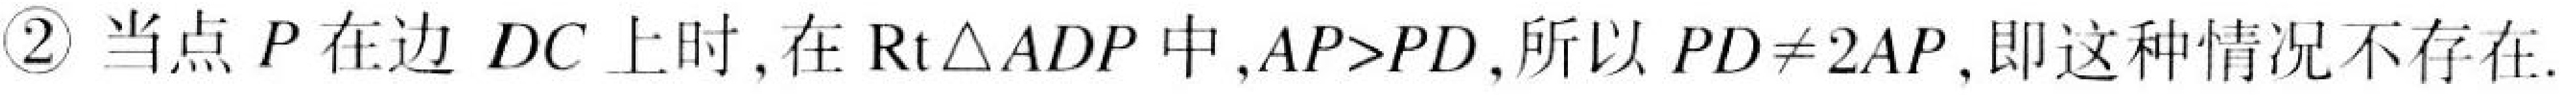
\textcircled{2} 当点\(P\)在边\(DC\)上时,在\(\text{Rt}\triangle ADP\)中,\(AP > PD\),所以\(PD\neq 2AP\),即这种情况不存在.